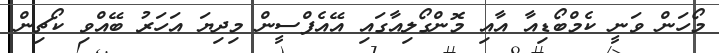
މޯހަން ވަނީ ކެމްބޯޑިއާ އާއި މޮންގޯލިއާގައި އޭއެފްސީން މިދިޔަ އަހަރު ބޭއްވި ކޯޗިން